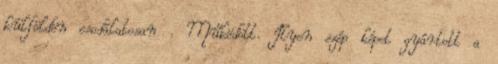
külföldön csodálatosan . Működött. Ilyen szép képet gyártott a